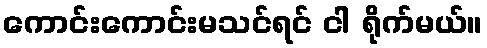
ကောင်းကောင်းမသင်ရင် ငါ ရိုက်မယ်။